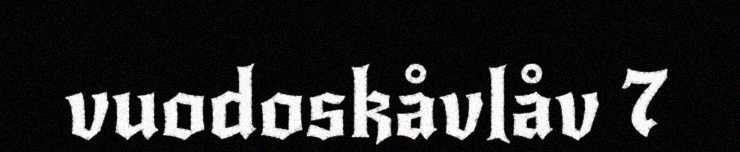
vuodoskåvlåv 7